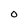
Character: O